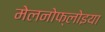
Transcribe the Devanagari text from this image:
मेलनोफ्लोइया